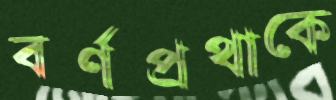
বর্ণপ্রথাকে